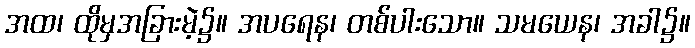
အထ၊ ထိုမှအခြားမဲ့၌။ အပရေန၊ တစ်ပါးသော။ သမယေန၊ အခါ၌။